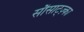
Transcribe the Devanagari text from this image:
सौसाट्ज़्का